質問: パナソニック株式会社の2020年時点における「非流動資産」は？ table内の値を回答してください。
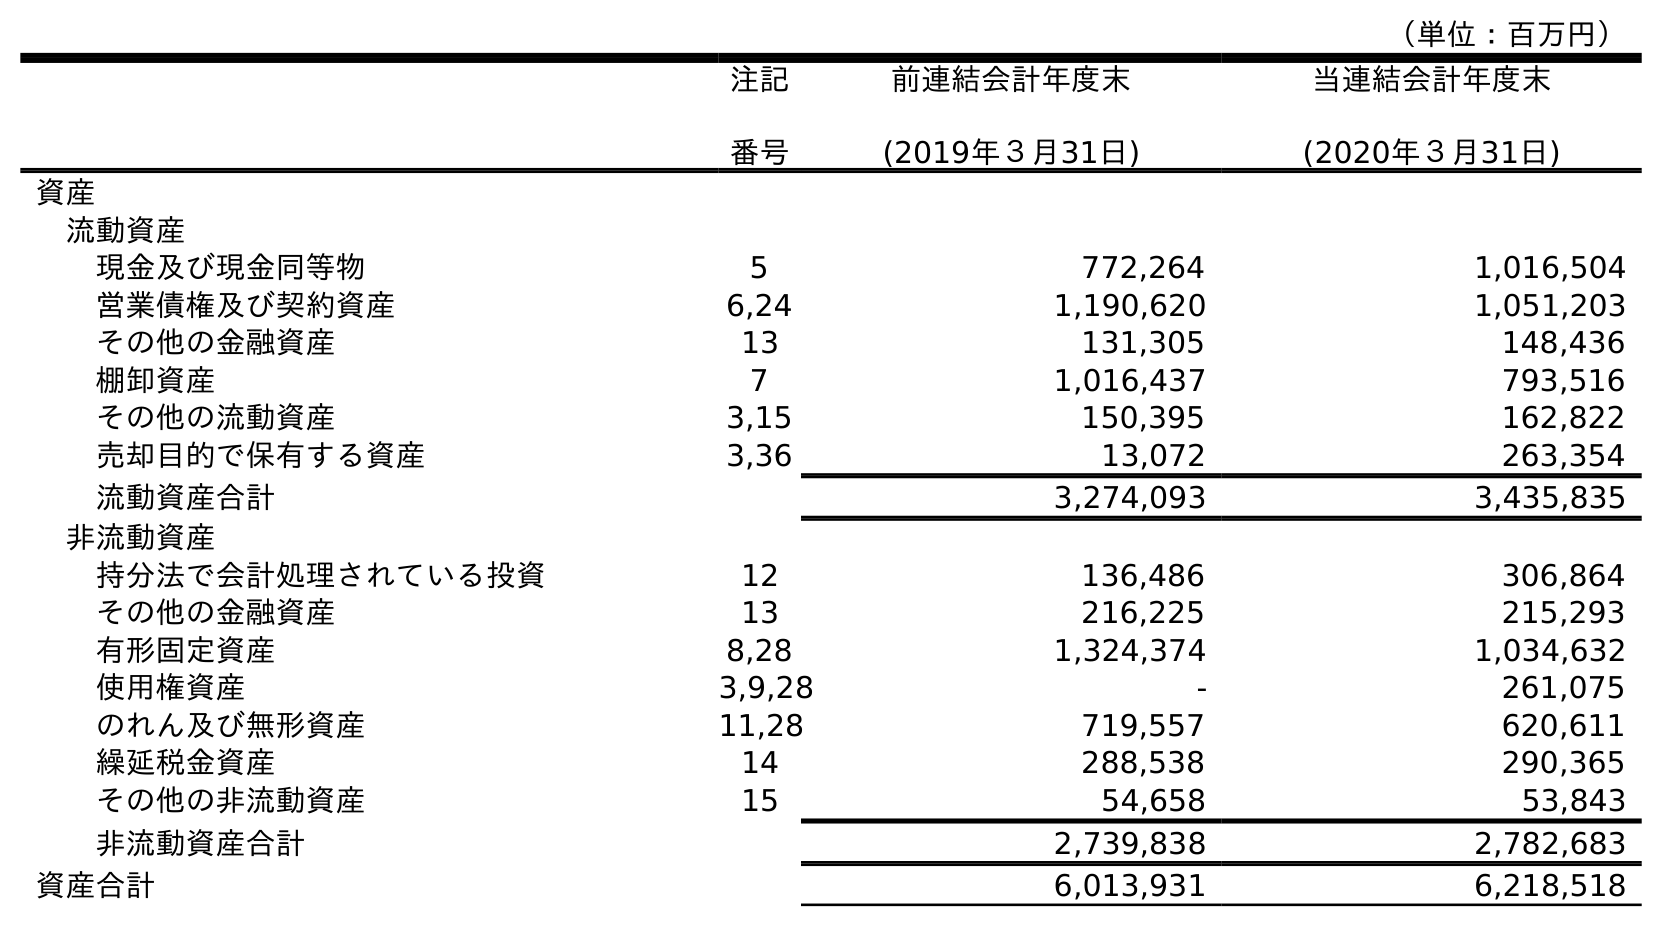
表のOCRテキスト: （単位：百万円） 注記 番号 前連結会計年度末 (2019年３月31日) 当連結会計年度末 (2020年３月31日) 資産 流動資産 現金及び現金同等物 5 772,264 1,016,504 営業債権及び契約資産 6,24 1,190,620 1,051,203 その他の金融資産 13 131,305 148,436 棚卸資産 7 1,016,437 793,516 その他の流動資産 3,15 150,395 162,822 売却目的で保有する資産 3,36 13,072 263,354 流動資産合計 3,274,093 3,435,835 非流動資産 持分法で会計処理されている投資 12 136,486 306,864 その他の金融資産 13 216,225 215,293 有形固定資産 8,28 1,324,374 1,034,632 使用権資産 3,9,28 - 261,075 のれん及び無形資産 11,28 719,557 620,611 繰延税金資産 14 288,538 290,365 その他の非流動資産 15 54,658 53,843 非流動資産合計 2,739,838 2,782,683 資産合計 6,013,931 6,218,518
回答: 2,782,683